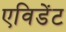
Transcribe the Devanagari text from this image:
एविडेंट